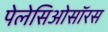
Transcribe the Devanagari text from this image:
पेलेसिओसॉरस